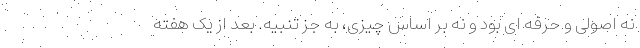
نه اصولی و حرفه ای بود و نه بر اساس چیزی، به جز تنبیه. بعد از یک هفته